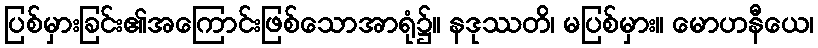
ပြစ်မှားခြင်း၏အကြောင်းဖြစ်သောအာရုံ၌။ နဒုဿတိ၊ မပြစ်မှား။ မောဟနီယေ၊